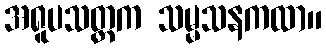
အရူပသတ္တက သမ္မသနကထာ။